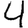
Digit: 4